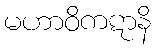
မဟာဝိကဋာနိ